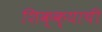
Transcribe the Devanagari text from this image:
शिक्क्याची